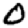
Digit: 0